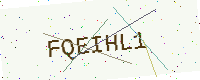
Text: FQEIHL1